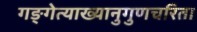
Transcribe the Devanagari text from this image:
गङ्गेत्याख्यानुगुणचरिता